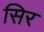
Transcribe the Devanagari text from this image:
सिर